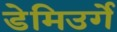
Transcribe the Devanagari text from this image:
डेमिउर्गे